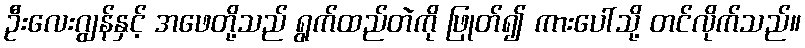
ဦးလေးဂျွန်နှင့် အဖေတို့သည် ရွက်ထည်တဲကို ဖြုတ်၍ ကားပေါ်သို့ တင်လိုက်သည်။